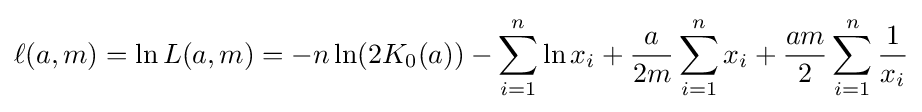
\ell (a,m)=\ln L(a,m)=-n\ln(2K_{0}(a))-\sum _{i=1}^{n}\ln x_{i}+{\frac {a}{2m}}\sum _{i=1}^{n}x_{i}+{\frac {am}{2}}\sum _{i=1}^{n}{\frac {1}{x_{i}}}